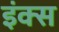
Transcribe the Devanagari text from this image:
इंक्स